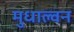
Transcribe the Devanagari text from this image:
मुधाल्वन